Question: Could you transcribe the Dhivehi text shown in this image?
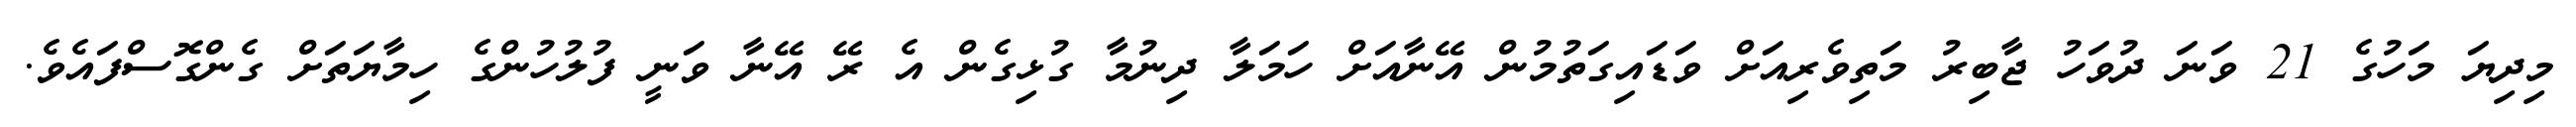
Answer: މިދިޔަ މަހުގެ 21 ވަނަ ދުވަހު ޖާބިރު މަތިވެރިއަށް ވަޑައިގަތުމުން އޭނާއަށް ހަމަލާ ދިނުމާ ގުޅިގެން އެ ރޭ އޭނާ ވަނީ ފުލުހުންގެ ހިމާޔަތަށް ގެންގޮސްފައެވެ.